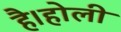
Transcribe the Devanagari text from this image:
है।होली